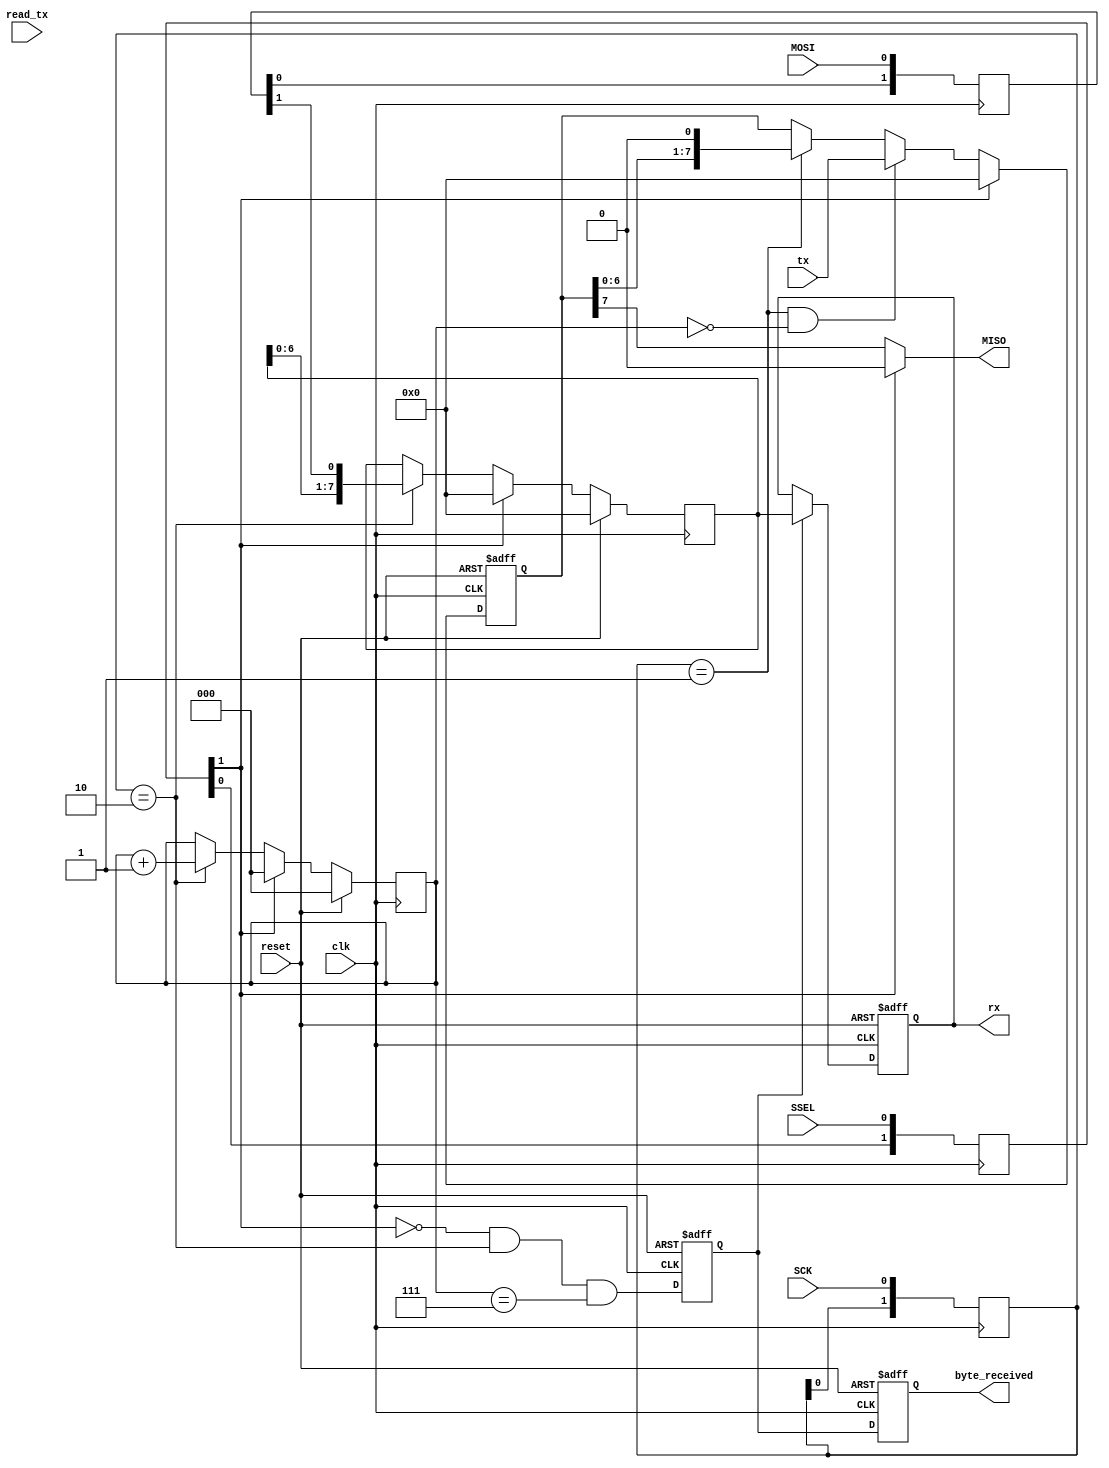
`timescale 1 ns / 1 ns

module SPI_slave(clk, SCK, MOSI, MISO, SSEL, rx, tx, read_tx, byte_received, reset) ;
				
	input clk; 
	input SCK; 
	input MOSI 			/* synthesis syn_keep = 1 */; 
	//output tri MISO;
	output MISO;
	input SSEL; 
	input wire [7:0] tx;
	output reg [7:0] rx;
	input wire read_tx;
	output wire byte_received;  // high when a byte has been received
	
	input reset;
	//wire reset = SSEL;

	//reg miso_out;
	//reg MISO;
	reg [7:0] byte_data_received			/* synthesis syn_keep = 1 */;


	
	// sync SCK to the FPGA clock using a 3-bits shift register
	//reg [2:0] SCKr			/* synthesis syn_keep = 1 */;	  
	//always @(posedge clk) SCKr <= {SCKr[1:0], SCK};
	//wire SCK_risingedge = (SCKr[2:1]==2'b01)		/* synthesis syn_keep = 1 */;  // now we can detect SCK rising edges
	//wire SCK_fallingedge = (SCKr[2:1]==2'b10)		/* synthesis syn_keep = 1 */;  // and falling edges

	// sync SCK to the FPGA clock using a 2-bits shift register
	reg [1:0] SCKr			/* synthesis syn_keep = 1 */;	  
	always @(posedge clk) SCKr <= {SCKr[0], SCK};
	wire SCK_risingedge = (SCKr==2'b01)		/* synthesis syn_keep = 1 */;  // now we can detect SCK rising edges
	wire SCK_fallingedge = (SCKr==2'b10)		/* synthesis syn_keep = 1 */;  // and falling edges

	// same thing for SSEL
	reg [2:0] SSELr			/* synthesis syn_keep = 1 */;  
	always @(posedge clk) SSELr <= {SSELr[1:0], SSEL};
	wire SSEL_active = ~SSELr[1]					/* synthesis syn_keep = 1 */;  // SSEL is active low
	wire SSEL_startmessage = (SSELr[2:1]==2'b10)	/* synthesis syn_keep = 1 */	;  // message starts at falling edge
	wire SSEL_endmessage = (SSELr[2:1]==2'b01);  // message stops at rising edge

	// and for MOSI
	reg [1:0] MOSIr 				/* synthesis syn_keep = 1 */;  
	always @(posedge clk) MOSIr <= {MOSIr[0], MOSI};
	wire MOSI_data = MOSIr[1] 		/* synthesis syn_keep = 1 */;
	// we handle SPI in 8-bits format, so we need a 3 bits counter to count the bits as they come in
	
	reg [2:0] bitcnt 				/* synthesis syn_keep = 1 */;
	//reg [7:0] byte_data_received 	/* synthesis syn_keep = 1 */;
	always @(posedge clk) begin
		if (reset) begin
			bitcnt <= 3'b000;
			//byte_data_received <= 8'd0;	
			byte_data_received <= 8'd0;	
			end			
		else begin
			if (~SSEL_active) begin 
				bitcnt <= 3'b000;
				//byte_data_received <= 8'd0;
				byte_data_received <= 8'd0;
				end
			else  begin
				if(SCK_fallingedge) begin
					bitcnt <= bitcnt + 3'b001;
					// implement a shift-left register (since we receive the data MSB first)
					//byte_data_received <= {byte_data_received[6:0], MOSI_data};
					byte_data_received <= {byte_data_received[6:0], MOSI_data};
					end
				end
			end
	end

	//wire byte_received				/* synthesis syn_keep = 1 */;  // high when a byte has been received
	reg byte_received_buf1;
	reg byte_received_buf2;
	wire byte_received_buf0;
	assign byte_received_buf0 = SSEL_active && SCK_fallingedge && (bitcnt==3'b111);

	always @(posedge clk or posedge reset) begin
		if (reset) 	rx <= 8'd0;
		else begin
			if (byte_received_buf1) rx <= byte_data_received;
			end
		end
	
	always @(posedge clk or posedge reset)
		if (reset) byte_received_buf1 <= 1'b0;
		else byte_received_buf1 <= byte_received_buf0;
	
	always @(posedge clk or posedge reset)
		if (reset) byte_received_buf2 <= 1'b0;
		else byte_received_buf2 <= byte_received_buf1;

	assign byte_received = byte_received_buf2;
	



	wire byte_start;
	assign byte_start = SSEL_active && SCK_risingedge && (bitcnt==3'b000);
	
	// we use the LSB of the data received to control an LED
	reg [4:0] byte_count			/* synthesis syn_keep = 1 */;
	
	
	always @(posedge clk or posedge reset) begin
		if (reset) begin
			byte_count <= 5'h0;
			end			
		else begin
			if (~SSEL_active) begin
				byte_count <= 5'h0;
				end
			else begin
				if(byte_received) begin

					byte_count <= byte_count + 5'd1;
					end		
				end
			end
		end
	

	reg [7:0] byte_data_sent			/* synthesis syn_keep = 1 */;

	//reg [7:0] cnt = 8'h0;
	//always @(posedge clk) 
		//if(SSEL_startmessage) cnt <= cnt+8'h01;  // count the messages

	//reg [2:0] byte_cnt_answer			/* synthesis syn_keep = 1 */;
	//always @(posedge clk or posedge reset) begin
		//if (reset) byte_cnt_answer <= 8'd0;
		//else byte_cnt_answer <=  tx;
		//end
	
	always @(posedge clk or posedge reset) begin
		if (reset) begin
			byte_data_sent <= 8'd0;
			end
		else begin	
			if (!SSEL_active) byte_data_sent <= 8'd0; 
			else begin
				if (SCK_risingedge && bitcnt==3'b000) byte_data_sent <= tx;
				else if (SCK_risingedge) byte_data_sent <= {byte_data_sent[6:0], 1'b0};
				end
			
			end
		end

	//assign MISO = (SSEL_active) ? byte_data_sent[7] : 1'bz;   //send MSB first 
	assign MISO = (SSEL_active) ? byte_data_sent[7] : 1'b0;   //send MSB first
	
/*	always @(posedge clk)
		if(SSEL_active)
			begin
			  if(SSEL_startmessage)
				byte_data_sent <= cnt;  // first byte sent in a message is the message count
			  else
			  if(SCK_fallingedge)
			  begin
				if(bitcnt==3'b000)
				  byte_data_sent <= 8'h00;  // after that, we send 0s
				else
				  byte_data_sent <= {byte_data_sent[6:0], 1'b0};
			  end
			end

	assign MISO = byte_data_sent[7];  // send MSB first */
	

	// we assume that there is only one slave on the SPI bus
	// so we don't bother with a tri-state buffer for MISO
	// otherwise we would need to tri-state MISO when SSEL is inactive

endmodule